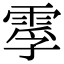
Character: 䨗